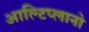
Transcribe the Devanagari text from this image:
आल्टिप्लानो